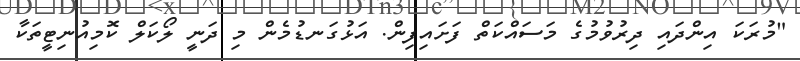
"މުރަކަ އިންދައި ދިރުވުމުގެ މަސައްކަތް ފަށައިފިން. އަޅުގަނޑުމެން މި ދަނީ ލޯކަލް ކޮމިއުނިޓީތަކާ